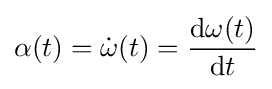
\alpha (t)={\dot {\omega }}(t)={\frac {\mathrm {d} \omega (t)}{\mathrm {d} t}}